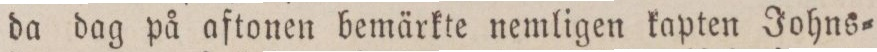
da dag på aftonen bemärkte nemligen kapten Johns=